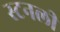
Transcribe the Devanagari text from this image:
स्टनली